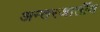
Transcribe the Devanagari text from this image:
अन्तरजार्तीय